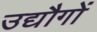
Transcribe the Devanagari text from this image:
उद्यौगों